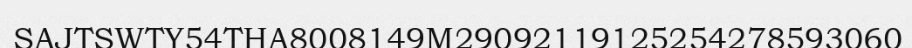
SAJTSWTY54THA8008149M29092119125254278593060